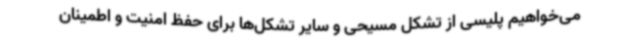
می‌خواهیم پلیسی از تشکل مسیحی و سایر تشکل‌ها برای حفظ امنیت و اطمینان